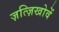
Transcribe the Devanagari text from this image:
ज़त्ज़िखोवें